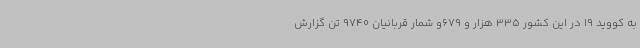
به کووید 19 در این کشور 335 هزار و 679و شمار قربانیان 9740 تن گزارش